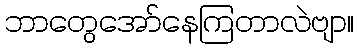
ဘာတွေအော်နေကြတာလဲဗျာ။